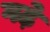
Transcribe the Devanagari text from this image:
गढे़